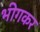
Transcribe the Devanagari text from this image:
भीगकर